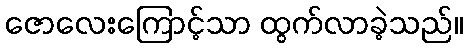
ဇောလေးကြောင့်သာ ထွက်လာခဲ့သည်။